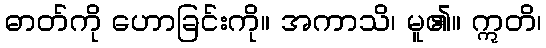
ဓာတ်ကို ဟောခြင်းကို။ အကာသိ၊ မူ၏။ ဣတိ၊